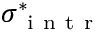
\boldsymbol { \sigma } _ { \mathrm { ~ i ~ n ~ t ~ r ~ } } ^ { \ast }